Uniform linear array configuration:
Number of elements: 24
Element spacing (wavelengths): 0.75
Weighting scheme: hamming
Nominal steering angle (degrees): -60
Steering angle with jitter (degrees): -60.183
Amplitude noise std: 0.05
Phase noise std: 0.05

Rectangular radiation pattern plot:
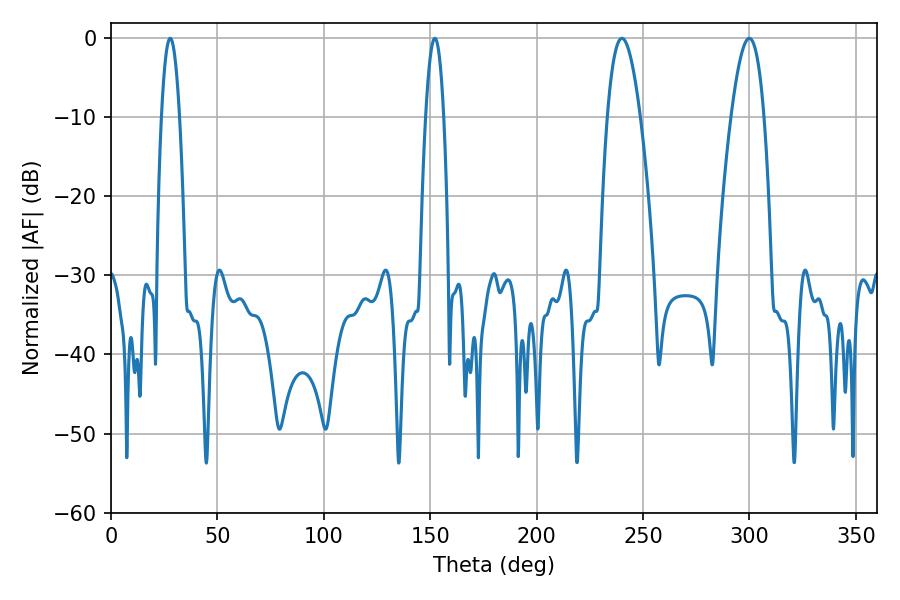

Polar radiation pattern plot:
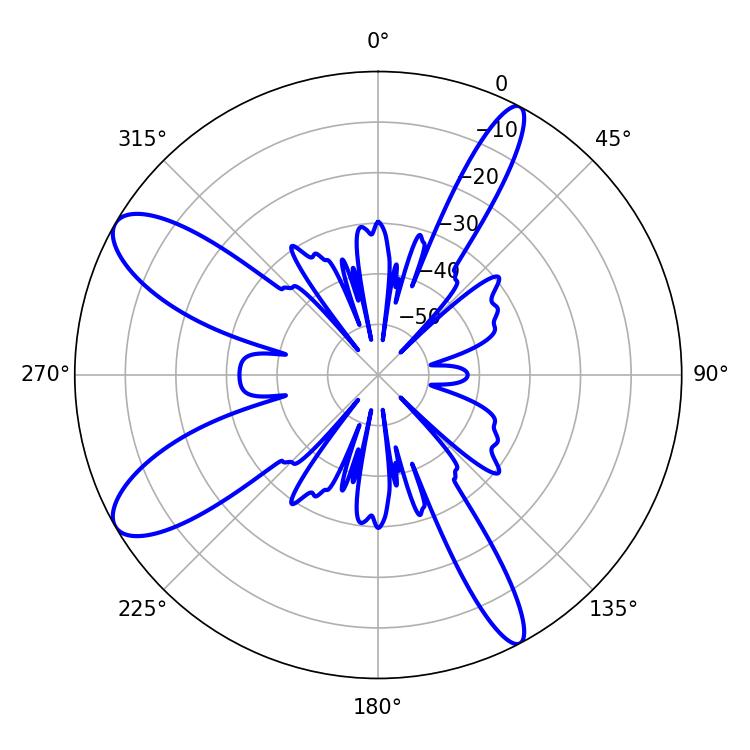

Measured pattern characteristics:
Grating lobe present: TRUE
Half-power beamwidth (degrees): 8.46
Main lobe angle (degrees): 240.12